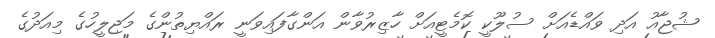
ޝުޖާއު އަދި ވައްޑެއަށް ސުލޫކީ ކޮމެޓީއަށް ހާޒިރުވާން އަންގާފައިވަނީ ރައްޔިތުންގެ މަޖިލީހުގެ މިއަދުގެ